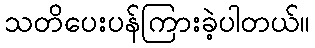
သတိပေးပန်ကြားခဲ့ပါတယ်။